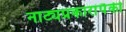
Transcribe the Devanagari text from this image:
नाट्यप्रकारांपैकी